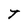
Character: T